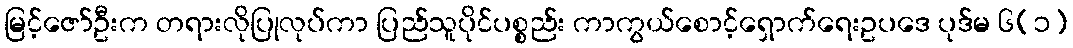
မြင့်ဇော်ဦးက တရားလိုပြုလုပ်ကာ ပြည်သူပိုင်ပစ္စည်း ကာကွယ်စောင့်ရှောက်ရေးဥပဒေ ပုဒ်မ ၆(၁)